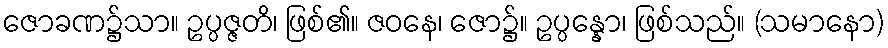
ဇောခဏ၌သာ။ ဥပ္ပဇ္ဇတိ၊ ဖြစ်၏။ ဇဝနေ၊ ဇော၌။ ဥပ္ပန္နော၊ ဖြစ်သည်။ (သမာနော)